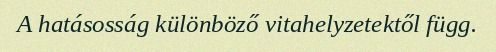
A hatásosság különböző vitahelyzetektől függ.